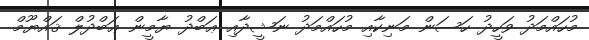
މުހައްމަދު ވަހީދު ހަސަން މަނިކާއި މުހައްމަދު ނަޝީދާއި ޢަބްދު ޔާމީން ޢަބްދުލް ޤައްޔޫމް